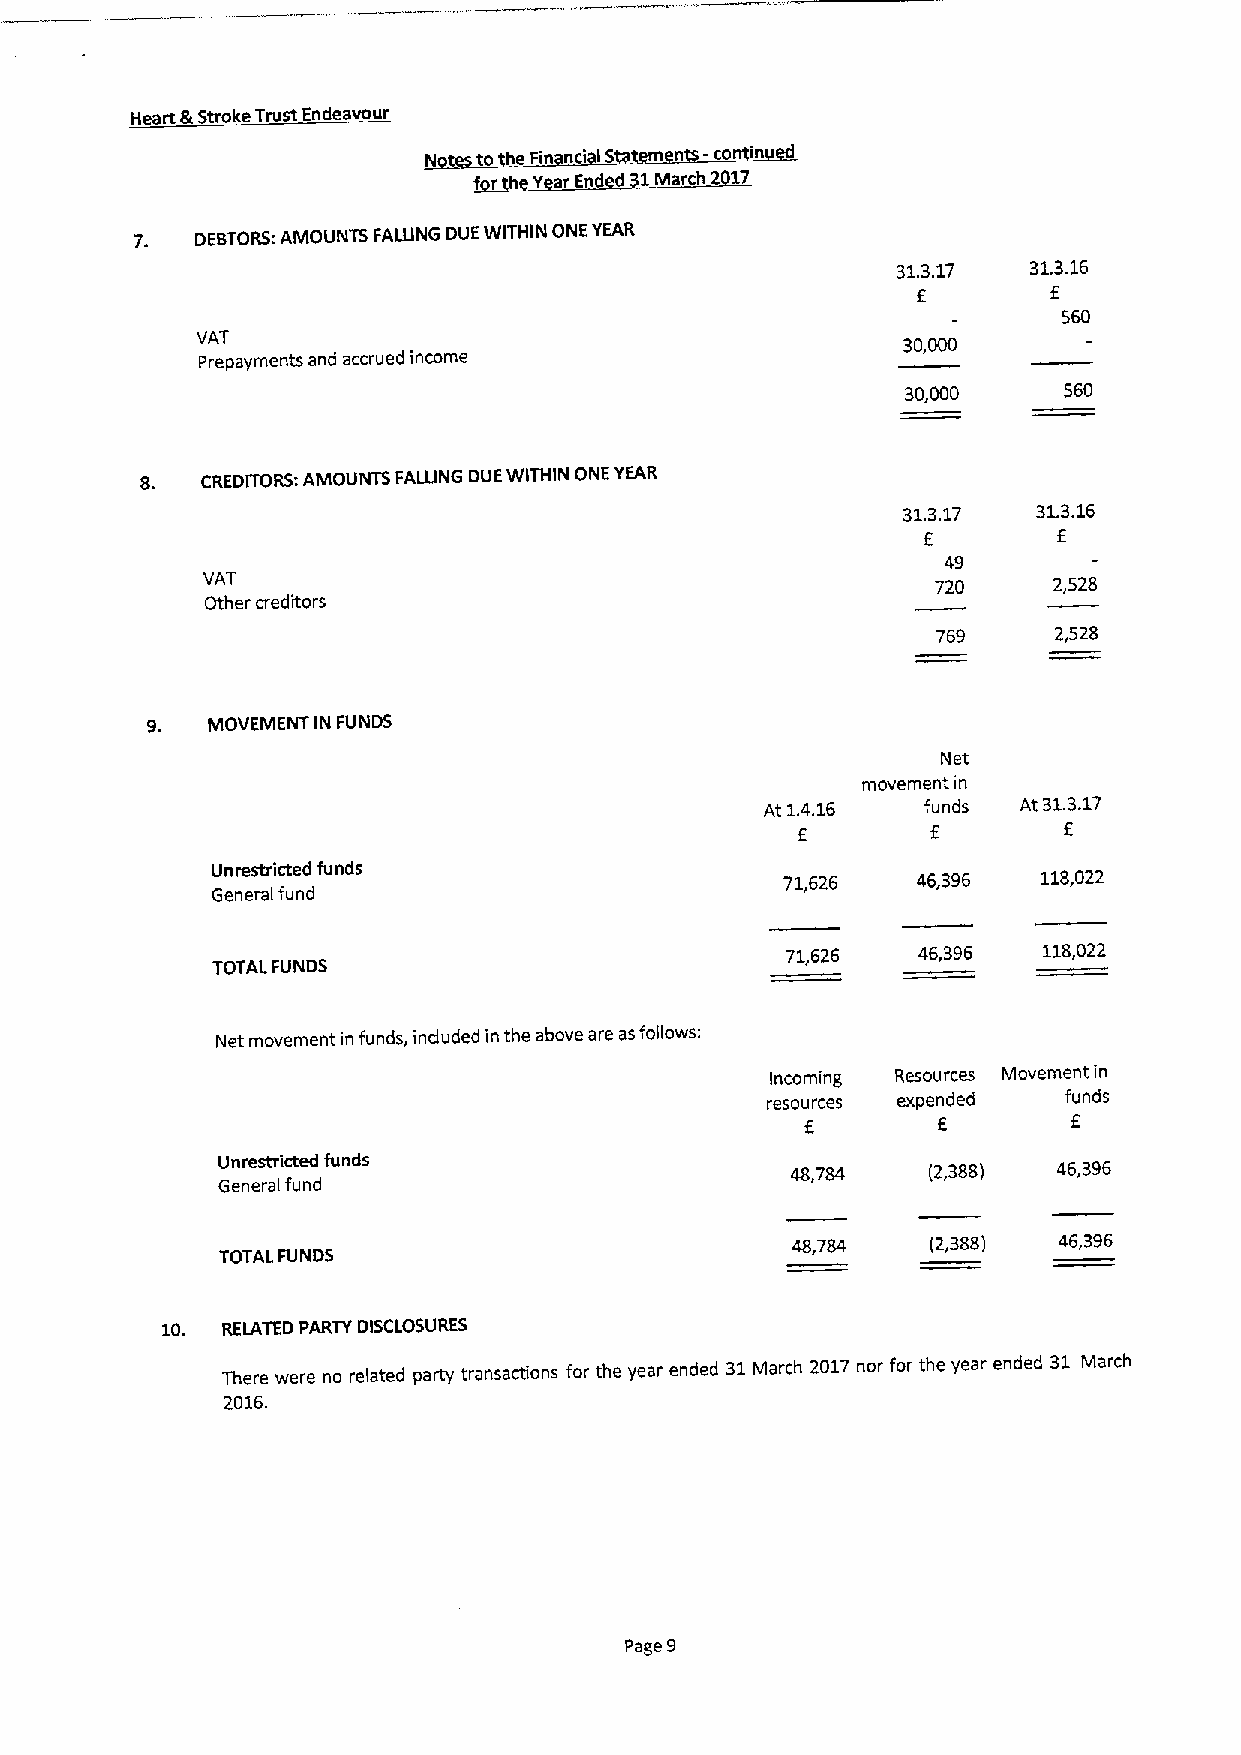
Heart IkStroke Trust Endeavour
 ~Nt to h Fin nci IS n -co in
 r Y rEnd d 1M rch2 17
 7.  DEBTORS:AMOUNTS FALUNG DUEWITHIN ONE YEAR
 31.3.17  31.3.16
 f
 560
 VAT                                            30,000
 Prepayments and accrued income
 30,000    560
 8.  CREDITORS:AMOUNTS FALUNG DUEWITHIN ONE YEAR
 31.3.17  31.3.16
 f        f
 49
 VAT                                              720     2,528
 Other creditors
 769     2,528
 9.  MOVEMENT IN FUNDS
 Net
 movement in
 At 1.4.16 funds At 31.3.17
 f                f
 E
 Unrestricted funds
 71,626   46,396  118,022
 General fund
 71,626   46,396  118,022
 TOTALFUNDS
 Net movement in funds, induded in the above are asfollows:
 Incoming Resources Movement in
 resources expended  funds
 E        6        E
 Unrestricted funds                             (2,388)  46,396
 General fund
 (2,388) 46,396
 TOTAL FUNDS
 10. RElATED PARTY DISCLOSURES
 There were no related party transactions for the year ended 31March 2017 nor for the year ended 31 March
 2016.
 Page 9